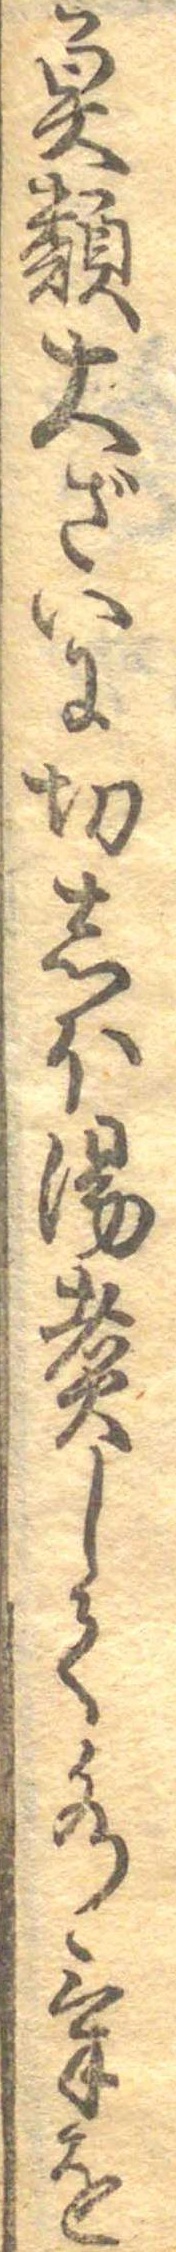
魚類大ざいに切しほ湯煮して水気を